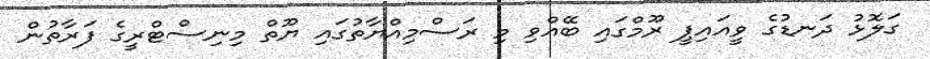
ގަލޮޅު ދަނޑުގެ ވީއައިޕީ ރޫމްގައި ބޭއްވި މި ރަސްމިއްޔާތުގައި ޔޫތް މިނިސްޓްރީގެ ފަރާތުން